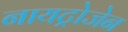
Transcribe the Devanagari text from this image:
नायट्रोजेन